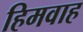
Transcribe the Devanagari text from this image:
हिमवाह